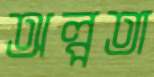
অল্পতা